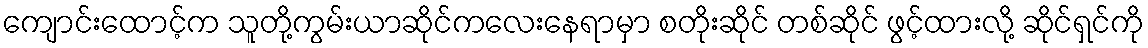
ကျောင်းထောင့်က သူတို့ကွမ်းယာဆိုင်ကလေးနေရာမှာ စတိုးဆိုင် တစ်ဆိုင် ဖွင့်ထားလို့ ဆိုင်ရှင်ကို